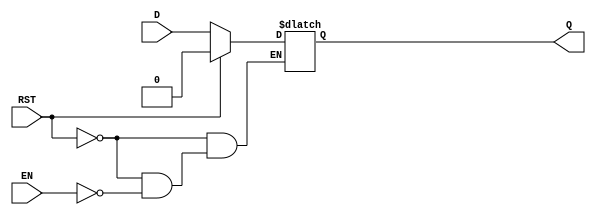
module async_register (
    input wire D,      // Data Input
    input wire EN,     // Enable Signal
    input wire RST,    // Asynchronous Reset
    output reg Q       // Data Output
);

// Asynchronous Reset and Data Capture Logic
always @* begin
    if (RST) begin
        Q = 1'b0;       // Set output to 0 on reset
    end else if (EN) begin
        Q = D;          // Capture input data when enabled
    end
    // If RST is low and EN is low, Q retains its previous value
end

endmodule